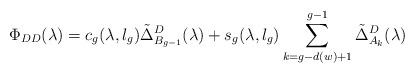
LaTeX: \begin{align*}\Phi_{DD}(\lambda)=c_g(\lambda,l_g)\tilde{\Delta}_{B_{g-1}}^D(\lambda)+s_g(\lambda,l_g)\sum\limits_{k=g-d(w)+1}^{g-1}\tilde{\Delta}_{A_k}^D(\lambda)\end{align*}